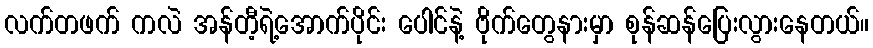
လက်တဖက် ကလဲ အန်တီ့ရဲ့အောက်ပိုင်း ပေါင်နဲ့ ဗိုက်တွေနားမှာ စုန်ဆန်ပြေးလွားနေတယ်။